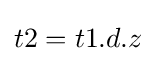
t2=t1.d.z